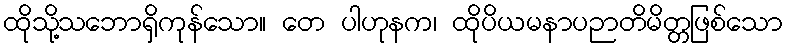
ထိုသို့သဘောရှိကုန်သော။ တေ ပါဟုနက၊ ထိုပိယမနာပဉာတိမိတ္တဖြစ်သော